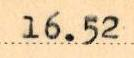
16.52